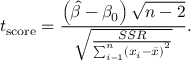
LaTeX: t _ { \mathrm { s c o r e } } = { \frac { \left( { \widehat { \beta } } - \beta _ { 0 } \right) { \sqrt { n - 2 } } } { \sqrt { \frac { S S R } { \sum _ { i = 1 } ^ { n } \left( x _ { i } - { \bar { x } } \right) ^ { 2 } } } } } .